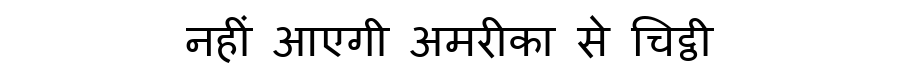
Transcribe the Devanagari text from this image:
नहीं आएगी अमरीका से चिट्ठी